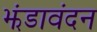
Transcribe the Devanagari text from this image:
झंडावंदन